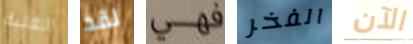
العلبة لقد فهي الفخر الآن